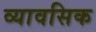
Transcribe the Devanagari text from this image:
व्यावसिक